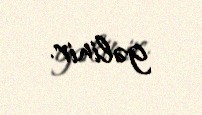
gəlinir.